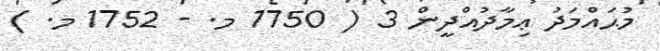
މުޙައްމަދު ޢިމާދުއްދީން 3 ( 1750 މ. - 1752 މ. )